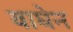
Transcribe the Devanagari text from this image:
वाघेन